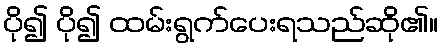
ပို၍ ပို၍ ထမ်းရွက်ပေးရသည်ဆို၏။